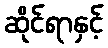
ဆိုင်ရာနှင့်